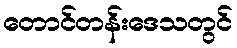
တောင်တန်းဒေသတွင်